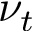
\nu _ { t }